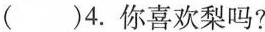
( )4.你喜欢梨吗?